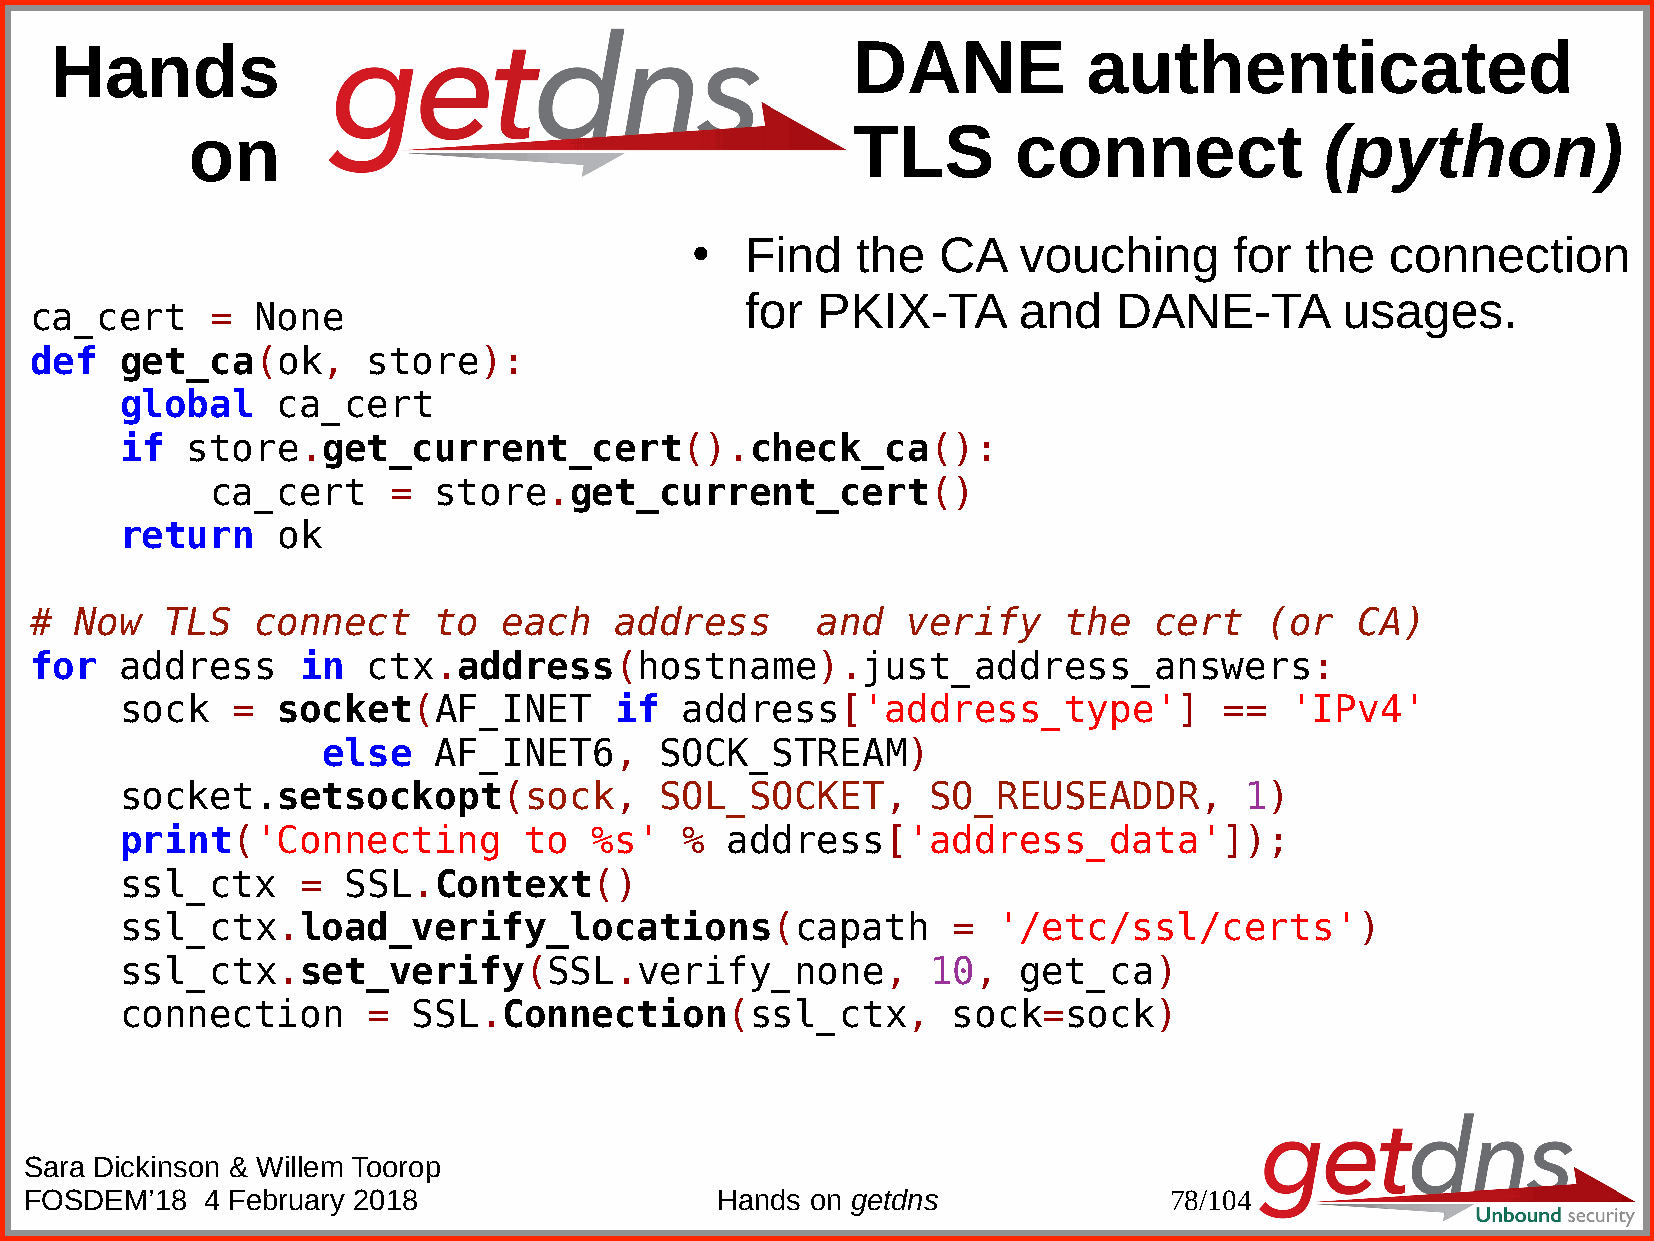
Hands                                                DANE            authenticated
 on                                          TLS        connect              (python)
 Find    the  CA   vouching       for the   connection
 ●
 for  PKIX-TA      and    DANE-TA        usages.
 ca_cert     =  None
 def   get_ca(ok,      store):
 global    ca_cert
 if  store.get_current_cert().check_ca():
 ca_cert     =  store.get_current_cert()
 return    ok
 #  Now   TLS   connect     to  each    address      and   verify    the   cert    (or   CA)
 for   address     in  ctx.address(hostname).just_address_answers:
 sock   =  socket(AF_INET         if  address['address_type']             ==  'IPv4'
 else    AF_INET6,      SOCK_STREAM)
 socket.setsockopt(sock,             SOL_SOCKET,       SO_REUSEADDR,       1)
 print('Connecting          to  %s'   %  address['address_data']);
 ssl_ctx     =  SSL.Context()
 ssl_ctx.load_verify_locations(capath                   =  '/etc/ssl/certs')
 ssl_ctx.set_verify(SSL.verify_none,                   10,   get_ca)
 connection      =  SSL.Connection(ssl_ctx,             sock=sock)
 Sara Dickinson & Willem Toorop
 FOSDEM’18  4 February 2018                   Hands  on getdns              78/104